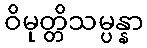
ဝိမုတ္တိသမ္ပန္နာ